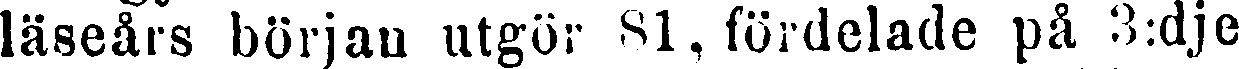
läseårs början utgör 81, fördelade på 3:dje